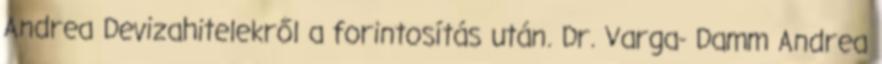
Andrea Devizahitelekről a forintosítás után. Dr. Varga- Damm Andrea